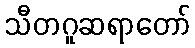
သီတဂူဆရာတော်